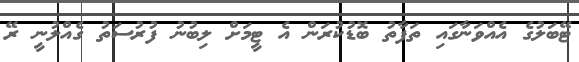
ޓޭބަލުގެ އެއްވަނާގައި ތަފާތު ބޮޑުކުރަން އެ ޓީމަށް ލިބުނު ފުރުސަތު ގެއްލުނީ ރޭ